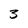
Character: 3